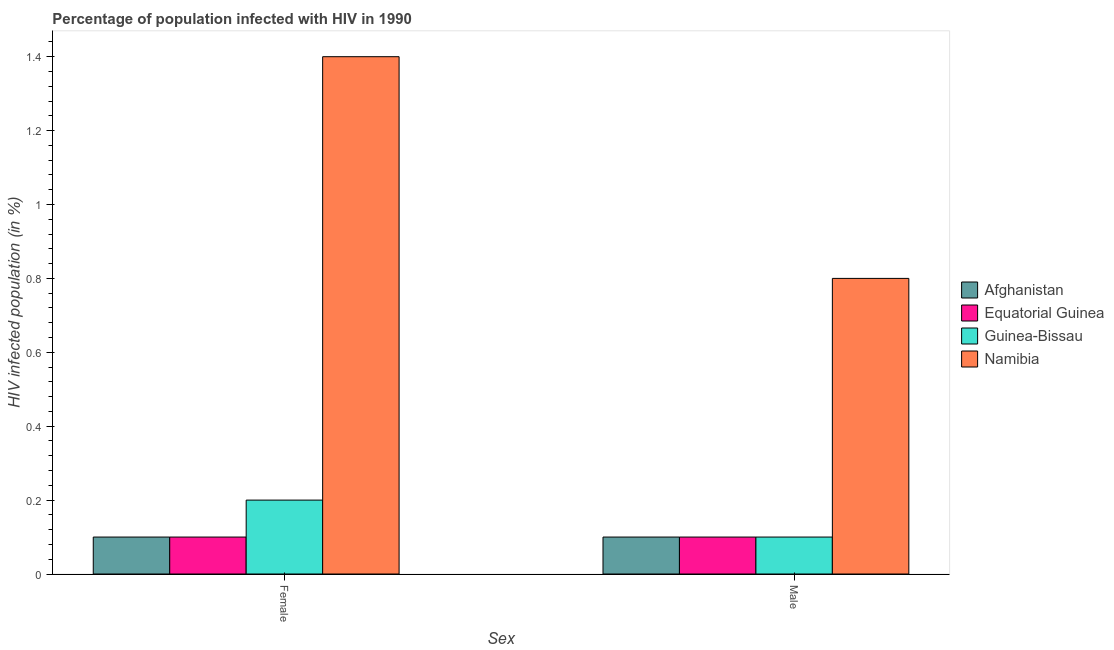
| Sex | Afghanistan | Equatorial Guinea | Guinea-Bissau | Namibia |
 | --- | --- | --- | --- | --- |
 | Female | 0.1 | 0.1 | 0.2 | 1.4 |
 | Male | 0.1 | 0.1 | 0.1 | 0.8 |